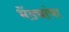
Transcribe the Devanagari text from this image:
भेंड्यांचा